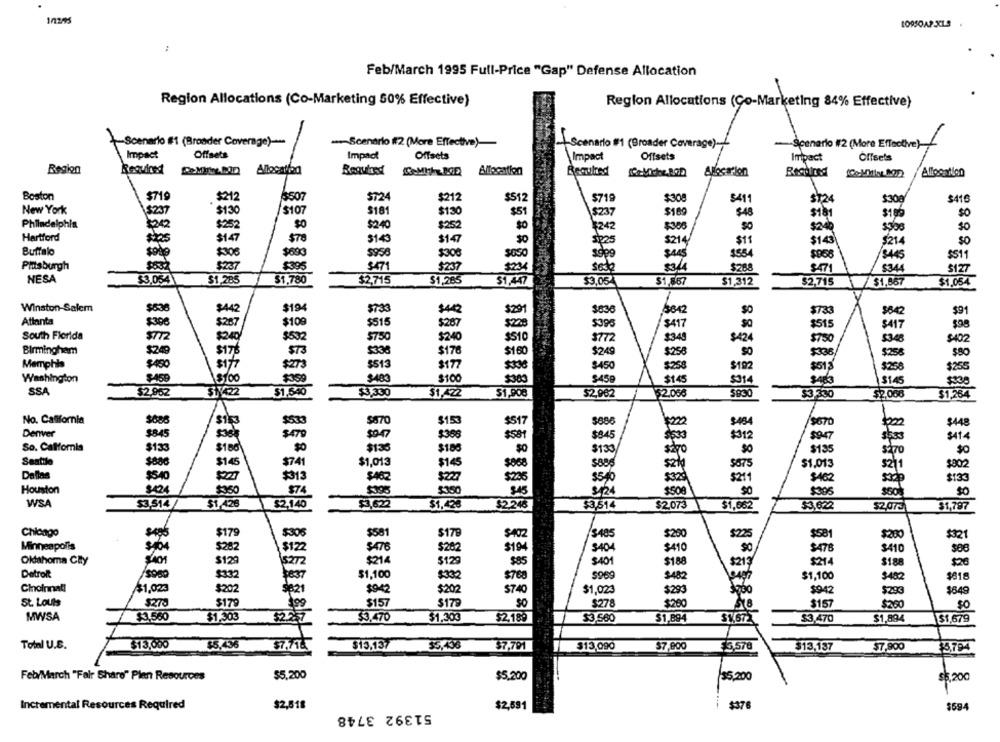
1/1245
10950A2-3CL5
Feb/March 1995 Full-Price "Gap" Defense Allocation
Region Allocations (Co-Marketing 50% Effective)
Region Allocations (Co-Marketing 84% Effective)
Scenario #1 (Broader Coverage)-
-- Scenario if2 (More Effective)-
Scenario #1 (Broader Coverage)-
-Scenario 112 (More Effective)
Impact
Offsets
Impact
Offsets
Impact
Offsets
Offsets
Impact
Region
Required
Allocation
Allocation
Boston
$719
$212
$507
5724
$212
$512
$719
$308
$411
ST24
$300
$416
New York
$237
$1.30
$107
$181
$130
$51
$237
$169
$48
$181
$106
$O
Philadelphia
$252
$240
$252
$0
¥242
$306
SO
$24
$0
Hartford
$147
$70
stas
$143
$147
$0
$214/
$11
$143
$214
$0
Buffalo
$999
5956
$306
$690
$300
sus
458
$445
$511
Pittsburgh
$237
$395
$471
$237
$234
$344
5288
$471
NESA
$3.054
$1,285
$1,780
$2,715
$1,265
$1,447
33.05
$1,567
31,312
$2,715
$1,867
$1.054
1
Winston-Salem
$442
$194
$733
$442
$291
$838
8342
$91
Atlanta
$733
$287
$100
$515
$287
$220
5395
$417
$515
$417
$98
South Florida
$772
$200
$532
$750
$240
$510
$772
$345
$424
$750
5348
SAO
$336
$160
Birmingham
$24
$178
$176
$249
$258
$80
Memphis
$513
$177
$450
sif
$273
$336
$450
$192
$258
1255
Washington
$100
$483
$100
$383
$459
$1.45
2014
3145
SSA
$2,952
STYCZ
$1,540
$3,330
$1,422
$1,90€
$2,962
52.060
52.000
53-330
31,254
1
No. California
$685
$870
$153
$517
$886
$670
Denver
$845
$479
$0.47
$368
$581
$845
$312
So. California
$133
$136
$186
$0
$133
30
$135
Sentilo
$741
$1,013
$880
$14
$145
$868
$885
5875
$1,013
5211
$802
Dallas
$540
$313
$462
$22
$236
$54
$211
$462
$133
Houston
345
50
$74
$395
$124
$508
WSA
53.514
$1,426
$2,140
$3,620
$1,428
$2.246
$3,514
$2,073
53,622
31,662
$2.073
31,797
Chicago
$179
$306
$581
$17
$402
/3485
$200
$225
$28
$321
Minneapolis
$282
$122
$262
$194
$404
$10
$476
3410
Oklahoma City
5401
$129
$272
$214
$129
$85
$401
$188
$214
$188
Detrok
$332
$837
$1,100
$768
$969
$482
$1,100
$482
$818
Choinnat!
$1,023
$202
$321
$942
$202
$740
$1,023
$293
$942
$290
$549
St. Louis
$179
$278
3.99
$157
$179
SO
$278
$200
$157
$260
$0
MWSA
$3,560
$1,303
$3,470
$1.303
$2,189
$3,560
$1,894
SV.67
$3,470
$1,894
51.679
Total U.S.
$13,000
$5,436
$7,718
$13,137
35,436
$7,791
$13,090
$7,900
$7,900
E3,578
$13,137
₹3,794
$5,200
Feb/March "Fair Share" Plen Resources
$5.200
35,200
$5,200
Incremental Resources Required
$2,518
$376
51392 3748
$2,691
$594